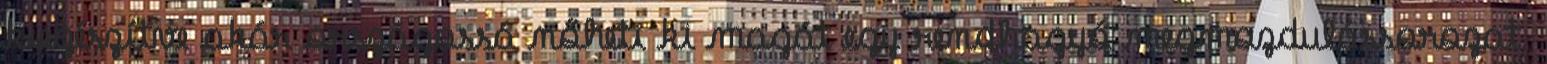
kiegészítve akár országossá nőheti ki magát egy rendhagyó megmozdulássorozat.